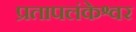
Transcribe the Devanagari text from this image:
प्रतापलंकेश्वर